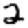
Digit: 2